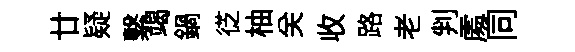
廿疑繫竭鍋徔柚关收路老判𠁅同